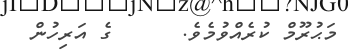
މަޙުރޫމް ކުރެއްވުމެވެ.      ގެ އަރިހުން